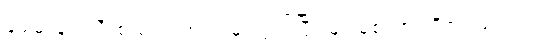
ခရမ်းချဉ်သီးစသည် အပင်မှ လွတ်ပြီး မျိုးစေ့ကား ဗီဇဂါမ်တည်း။